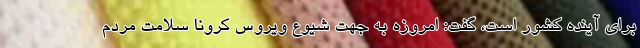
برای آینده کشور است، گفت: امروزه به جهت شیوع ویروس کرونا سلامت مردم